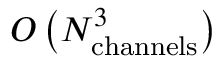
O \left( N _ { \mathrm { c h a n n e l s } } ^ { 3 } \right)